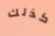
كذلك